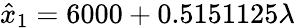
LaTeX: \hat{x}_{1}=6000+0.5151125\lambda